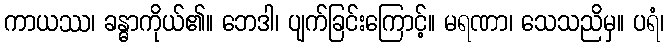
ကာယဿ၊ ခန္ဓာကိုယ်၏။ ဘေဒါ၊ ပျက်ခြင်းကြောင့်။ မရဏာ၊ သေသညိမှ။ ပရံ၊